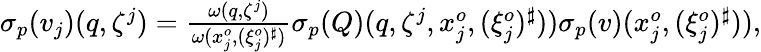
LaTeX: \begin{array}{r}{\sigma_{{p}}(v_{j})(q,\zeta^{j})=\frac{\omega(q,\zeta^{j})}{\omega(x_{j}^{o},(\xi_{j}^{o})^{\sharp})}\sigma_{{p}}(Q)(q,\zeta^{j},x_{j}^{o},(\xi_{j}^{o})^{\sharp}))\sigma_{{p}}(v)(x_{j}^{o},(\xi_{j}^{o})^{\sharp})),}\end{array}